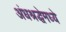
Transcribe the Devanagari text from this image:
अंधश्रद्धेमध्ये